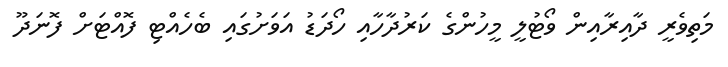
މަތިވެރީ ދާއިރާއިން ވޯޓުލީ މީހުންގެ ކަރުދާހާއި ހޯދަޑު އަވަށުގައި ބެހެއްޓި ފޮއްޓަށް ފޮނަދޫ